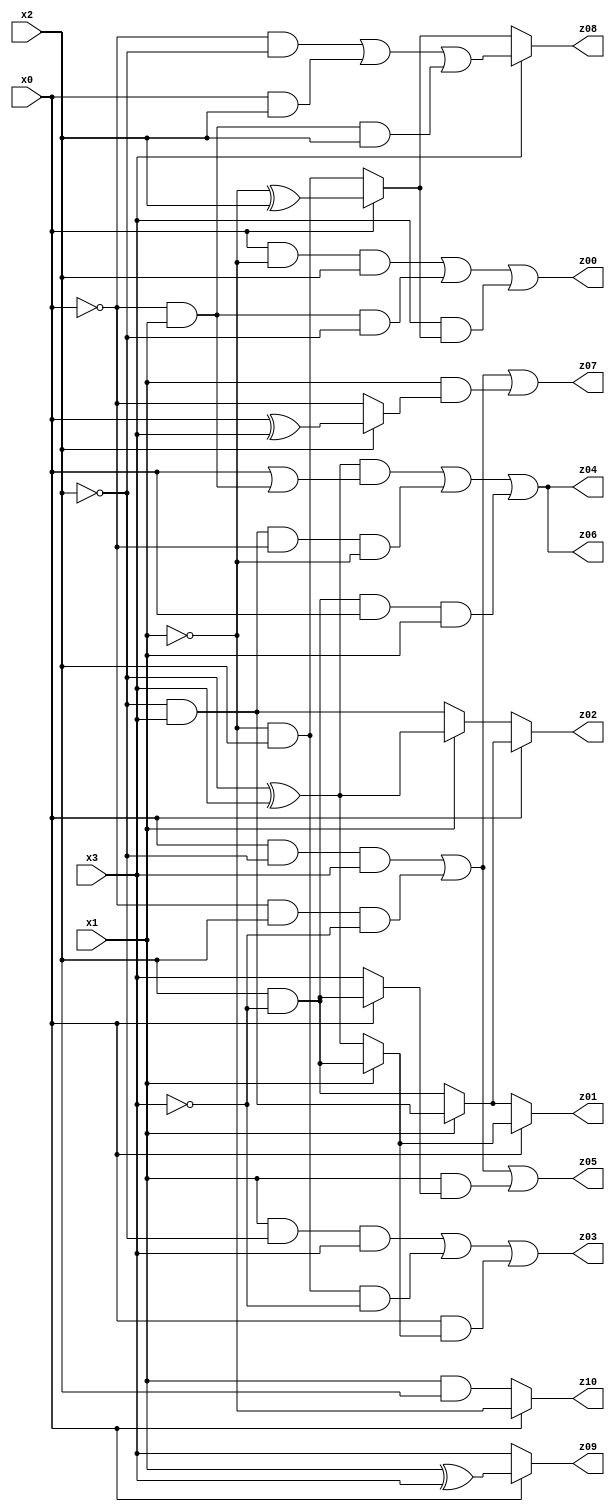
// Benchmark "X_17" written by ABC on Sat Jun 03 18:34:31 2023

module X_17 ( 
    x0, x1, x2, x3,
    z00, z01, z02, z03, z04, z05, z06, z07, z08, z09, z10  );
  input  x0, x1, x2, x3;
  output z00, z01, z02, z03, z04, z05, z06, z07, z08, z09, z10;
  assign z00 = (x0 & ~x1 & x2) | (~x0 & x1 & ~x2) | (x3 & (x0 ? (~x1 ^ x2) : (~x1 & x2)));
  assign z01 = x0 ? (x1 ? (x2 & ~x3) : (~x2 ^ x3)) : (x1 ? (~x2 & x3) : (x2 & ~x3));
  assign z02 = x0 ? (x1 ? (~x2 & x3) : (x2 & ~x3)) : (x1 ? (~x2 ^ x3) : (~x2 & x3));
  assign z03 = (x1 & ~x2 & x3) | (~x1 & x2 & ~x3) | (x0 & (x1 ? (x2 & ~x3) : (~x2 ^ x3)));
  assign z04 = ((~x2 ^ x3) & (x0 | (~x0 & x1))) | (~x2 & x3 & ~x0 & ~x1) | (x2 & ~x3 & x0 & x1);
  assign z05 = (x0 & ~x2 & x3) | (~x0 & x2 & ~x3) | (x1 & (x0 ? (x2 & ~x3) : x3));
  assign z06 = ((~x2 ^ x3) & (x0 | (~x0 & x1))) | (~x2 & x3 & ~x0 & ~x1) | (x2 & ~x3 & x0 & x1);
  assign z07 = (x0 & ~x2 & x3) | (~x0 & x2 & ~x3) | (x1 & (x2 ? (x0 ^ x3) : ~x0));
  assign z08 = x3 ? ((~x0 & ~x2) | (x0 & x2) | (~x0 & x1 & x2)) : (x0 ? (~x1 ^ x2) : (~x1 & x2));
  assign z09 = x0 ? (x1 ^ x3) : x3;
  assign z10 = x0 ? ~x1 : (x1 & x2);
endmodule